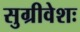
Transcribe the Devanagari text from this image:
सुग्रीवेशः